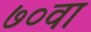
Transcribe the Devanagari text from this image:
७०वा